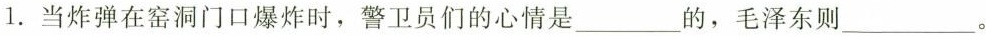
1.当炸弹在窑洞门口爆炸时，警卫员们的心情是___的，毛泽东则___。